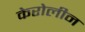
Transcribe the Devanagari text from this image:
केरोलीन